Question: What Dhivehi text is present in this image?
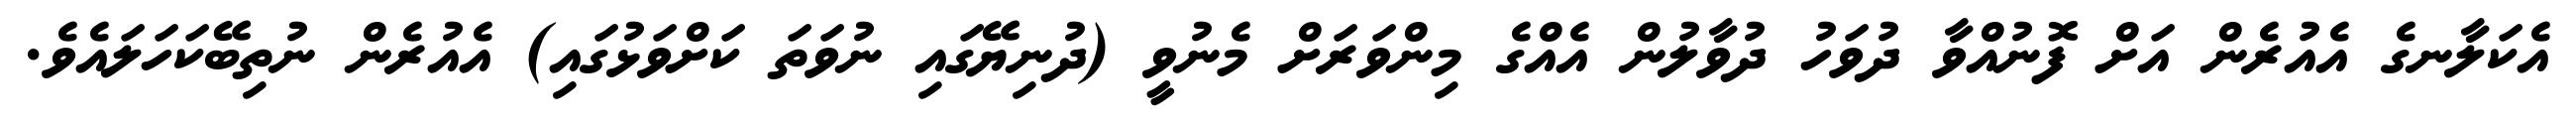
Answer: އެކަލާނގެ އެއުރެން އަށް ފޮނުއްވާ ދުވަހު ދުވާލުން އެއްގެ މިންވަރަށް މެނުވީ (ދުނިޔޭގައި ނުވަތަ ކަށްވަޅުގައި) އެއުރެން ނުތިބޭކަހަލައެވެ.